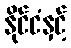
နိုင်ငံနှင့်